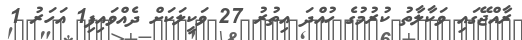
ރާއްޖޭގައި ވަކާލާތު ކުރުމުގެ ހުއްދަ އިތުރު 27 ވަކީލަކަށް ދެއްވައިފި1 އަހަރު 1